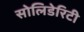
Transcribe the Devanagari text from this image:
सोलिडेरिटी